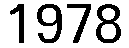
1978